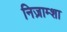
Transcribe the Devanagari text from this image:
निज़ाम्शा